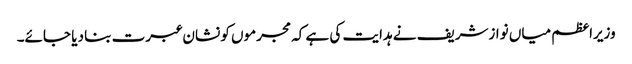
وزیراعظم میاں نوازشریف نے ہدایت کی ہے کہ مجرموں کو نشان عبرت بنا دیا جائے۔